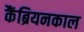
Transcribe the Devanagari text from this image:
कैंब्रियनकाल